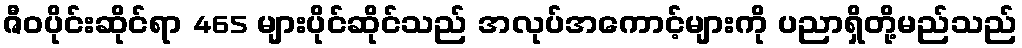
ဇီဝပိုင်းဆိုင်ရာ 465 များပိုင်ဆိုင်သည် အလုပ်အကောင့်များကို ပညာရှိတို့မည်သည်